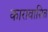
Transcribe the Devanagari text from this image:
कारावासित